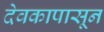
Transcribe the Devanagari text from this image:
देवकापासून